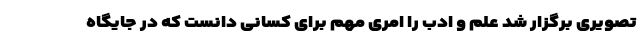
تصویری برگزار شد علم و ادب را امری مهم برای کسانی دانست که در جایگاه